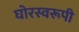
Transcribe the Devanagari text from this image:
घोरस्वरूपी